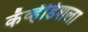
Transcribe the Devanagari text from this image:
कॅव्हेंडिशला